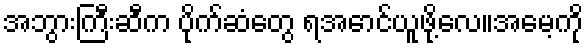
အဘွားကြီးဆီက ပိုက်ဆံတွေ ရအောင်ယူဖို့လေ။အမေ့ကို